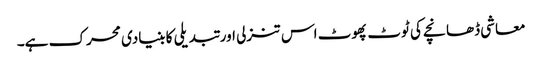
معاشی ڈھانچے کی ٹوٹ پھوٹ اس تنزلی اور تبدیلی کا بنیادی محرک ہے۔